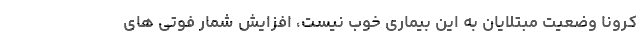
کرونا وضعیت مبتلایان به این بیماری خوب نیست، افزایش شمار فوتی های